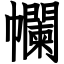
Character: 幱